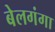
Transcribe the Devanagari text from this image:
बेलगंगा